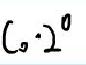
$C_{0.2}^{0}$